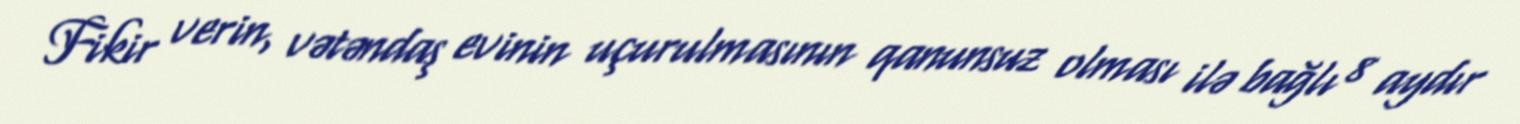
Fikir verin, vətəndaş evinin uçurulmasının qanunsuz olması ilə bağlı 8 aydır